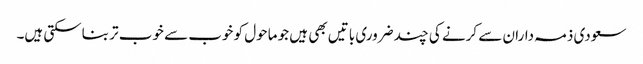
سعودی ذمہ داران سے کرنے کی چند ضروری باتیں بھی ہیں جو ماحول کو خوب سے خوب تر بناسکتی ہیں۔